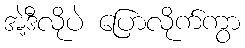
အဲ့ဒီလိုပဲ ပြောလိုက်ကွာ